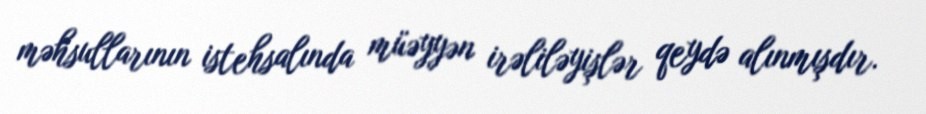
məhsullarının istehsalında müəyyən irəliləyişlər qeydə alınmışdır.